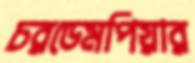
চরডেমপিয়ার